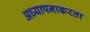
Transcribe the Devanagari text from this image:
अध्यापनाकरता